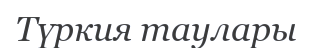
Түркия таулары